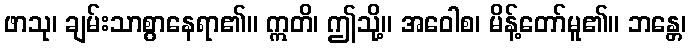
ဖာသု၊ ချမ်းသာစွာနေရာ၏။ ဣတိ၊ ဤသို့။ အဝေါစ၊ မိန့်တော်မူ၏။ ဘန္တေ၊